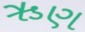
ઋણ